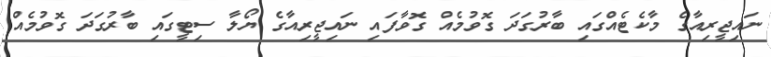
ނައިޖީރިއާގެ މާކެޓެއްގައި ބާރުގަދަ ގޮވުމެއް ގޮވާފައި ނައިޖީރިއާގެ ޔޯލާ ސިޓީގައި ބާރުގަދަ ގޮވުމެއް